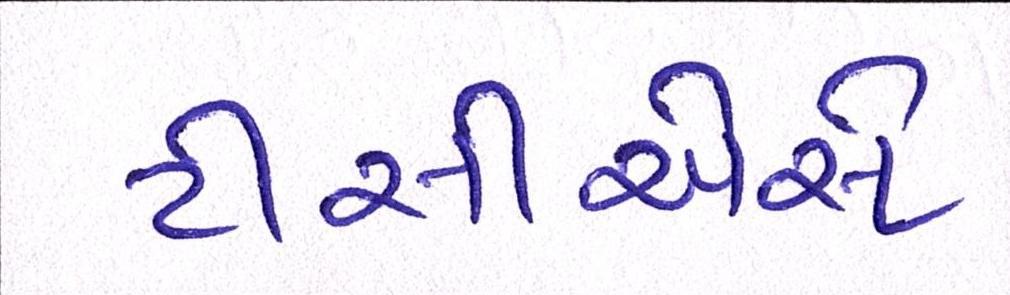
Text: ટીસીએસે